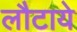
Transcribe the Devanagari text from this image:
लौटाये